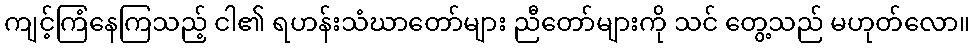
ကျင့်ကြံနေကြသည့် ငါ၏ ရဟန်းသံဃာတော်များ ညီတော်များကို သင် တွေ့သည် မဟုတ်လော။